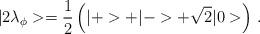
LaTeX: \begin{align*}|2\lambda _{\phi }>=\frac{1}{2}\left( |+>+|->+\sqrt{2}|0>\right) \, .\end{align*}